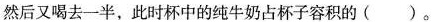
然后又喝去一半，此时杯中的纯牛奶占杯子容积的()。